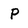
Character: P